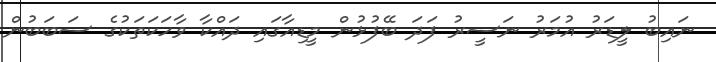
ނައިބު ލީޑަރު އުމަރު ނަސީރު ފަދަ ބޭފުޅުން މީޑިއާގައި ދައްކާ ވާހަކަތަކުގެ ސަބަބުން